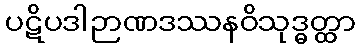
ပဋိပဒါဉာဏဒဿနဝိသုဒ္ဓတ္ထာ